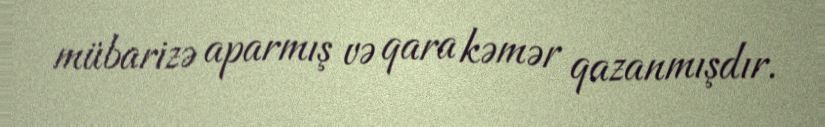
mübarizə aparmış və qara kəmər qazanmışdır.